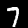
Label: 7